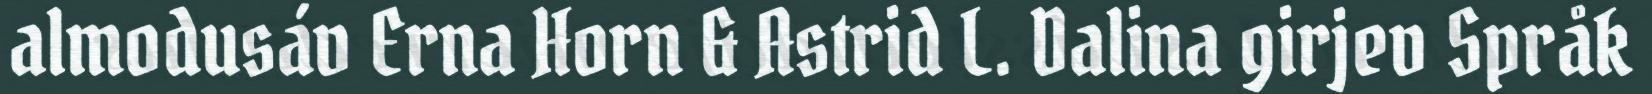
almodusáv Erna Horn & Astrid L. Dalina girjev Språk